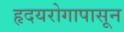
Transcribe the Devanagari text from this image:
हृदयरोगापासून